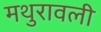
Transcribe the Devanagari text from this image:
मथुरावली